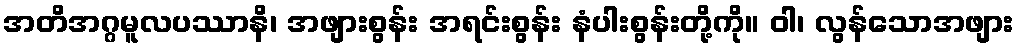
အတိအဂ္ဂမူလပဿာနိ၊ အဖျားစွန်း အရင်းစွန်း နံပါးစွန်းတို့ကို။ ဝါ၊ လွန်သောအဖျား